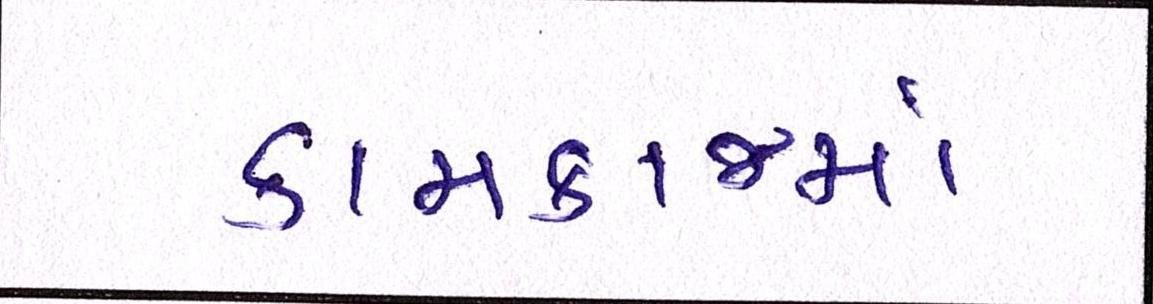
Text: કામકાજમાં